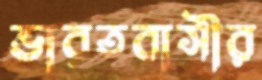
ভারতবাসীর